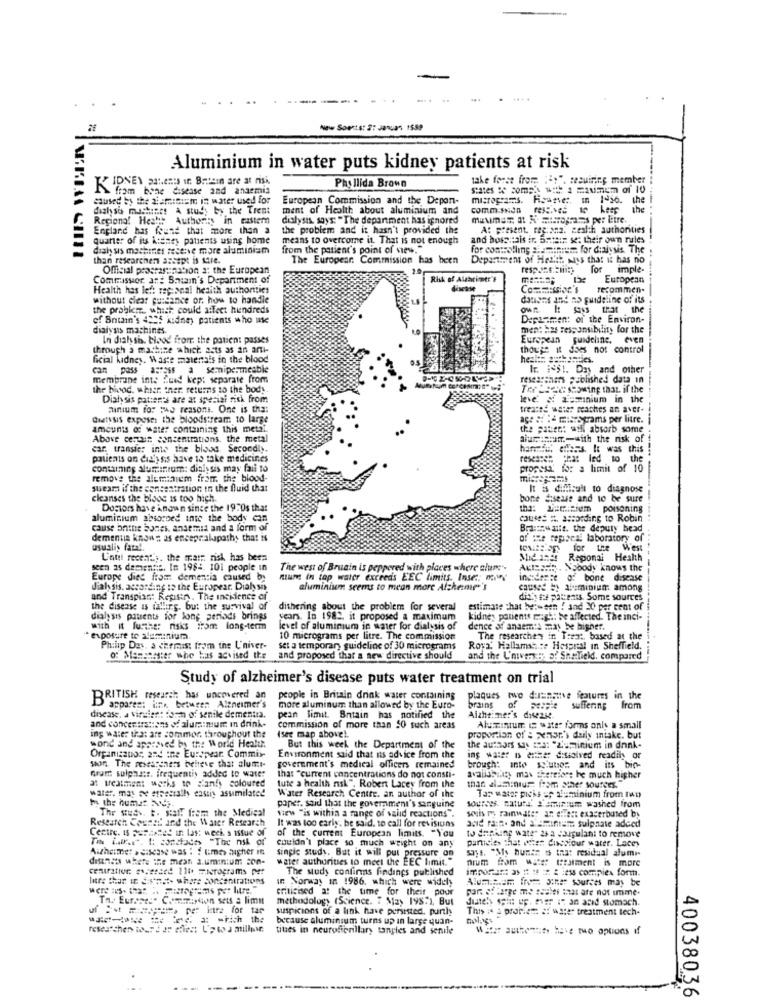
... ..
...
New Soests: 27 Januan 1539
Aluminium in water puts kidney patients at risk
take forse from := >". secuiring member
KIDNEY palenIS If: BHtsin are at risk
fram bone disease and anaemia
Phyllida Brown
states : comp with a maximum of 10
caused by the alsmetiste in water used for
European Commission and the Depon-
micrograms. Hoarve :. m 1~36. the
the
dish si mashine! A study by the Tremt
ment of Health about aluminium and
comm.sNon (S.ve
the
Regiono! Heshe Authority in eastern
dialysis, says: "The department has ignored
maman at A. micrograms per litre.
England has found that more than a
the problem and it hasn't provided the
At present. regiona. cealth authorities
quarter of it Atenes patients using home
means to overcome it. That is not enough
and boss tais ir. 5Hthir st: their own rules
Chaly sis machines reserve more aluminium
from the patient's point of view."
for controlling .amminum for dialysis The
than researchers accept is sure.
The European Commission has been
Department of Health wiss that it has no
Official procrastination a: the European
for imple-
Commission att Siain's Department of
Risk of Alarinte'F
European
Health has left regional heaith authortics
Co === SIN's
recommen.
without clear cuisance or, how to handle
datoes and no guideline of its
the problem, which could affect hundreds
own It says that the
of Bntain's 4825 kidney patients who use
Depasmen: of the Environ-
dialysis machines.
ment has responsibility for the
In dialy sh, blood from the patient passes
European guideline. even
through a machine which asts as an anti-
though it does not control
ficial kidney. Waste matenals in the blood
healt= authomies.
can pass a=mass
semipermeable
Ir. #~$1. Day and other
membrane inte Zued kep: separate from
researchers published data in
the bivod, which tner returns to the body.
Ter Bbc showing that. if the
Dialysis patients are at speziai risk from
le & Euminium in the
minium for the reasons. One is that
treated uster reaches an aver-
dialysis expose the bloodstream to large
ac: ::: 4 marsgrams per litre.
amounts of water containing this metal.
the patient will absorb some
Above cenaun concentrations. the metal
aiumcum-with the nsk of
car. transies into the blood. Secondly.
hannie, offers. It was this
patients on dialysis have to take medicines
resesssh that led to the
contamine aluminium: dinlysis may fali to
propesa. for a limit of 10
remove the aluminium from. the blood-
shear if the concentration in the fluid that
difficult to diagnose
cleanses the blogs is too high.
bone disease and to be sure
Dosiors have known since the 1970s that
poisoning
aluminium absorbed into the body can
causes #. according to Robin
cause bnithe bones, ansemid and a form of
Braithwaite. the deputy head
demenua known as encepraluspaths that is
of the mepaesi laboratory of
usualis fatal.
toutBlogs for the West
Lotti recenti ;. the trair risk, has been
Mid In58 Raponai Health
seen as dementie. In 1984. 101 people in
The west of Bruain is peppered with places where alume".
ALISSHR. Nobody knows the
Europe dies from demencia caused by
Rum in tap water exceeds EEC limits, Inser; m.
ingdense of bone disease
dial sis, according to the Europear. Dialysis
aluminium seems to mean more Alzheimer's
caused by aluminium: among
and Transpian: Repistry. The incidence of
dithy to patseats. Some sources
the disease is falling. but the survival of
dithering about the problem for several estimate that be: een ! and 30 per cent of
dialysis patents for long periods brings
years. In 1982, it proposed a maximum
kidney patients might be affected. The inci-
with it furthe: risks from long-term
level of aluminium in amter for dialysis of
dence of anaemia may be higher.
" exposure to stuminiura.
10 micrograms per litre. The commission
The researchers in Treat, based at the
Philip Das, a chemist from the L'niver-
Set a temporary guideline of 30 micrograms
Roya, Hallamst .: + Hospital in Sheffield.
of Mensesster whe has advised the
and proposed that a new directive should
and the L'nver :: p! SheTield. compared
Study of alzheimer's disease puts water treatment on trial
BRITISH research has uncovered an
people in Britain drink water containing
plaques two dansve features in the
of
appares: in between Aleneimer's
more aluminum than allowed by the Euro-
brains
suffering
from
disease, a viraient form of senile dementia.
pean limit. Britain has notified the
Alzheimer's disease.
and concentrations of aluminum In drink.
ing water that are commor, throughout the
commission of more than SO such areas
Isee map abovel.
Aluminium (; water farms only a small
wond and apasmed by the World Health
proportion of's xhar's daily intake. but
Organizator, and the Europear. Commis-
But this week the Department of the
the authors was mes: "2uminium in dnnk-
soon The messageners believe that alum.t-
Environment said that is advice from the
ing water is either dissolved readily or
Grant sulphate. frequentis added to water
government's medical officers remained
brought into sciutios and its bio-
at treatment works to d'anfy coloured
that "current concentrations do not consti-
avalidsansy mas seereiore be much higher
water. may De especially eastis assimilated
tute a health nisk". Robert Lacey from the
than aluminium. from other sources.
h the humes hop.
Water Research Centre. an author of the
sources. cature. "'sminium washed from
Tap water pieis =; aluminium from two
The studw. t. stall from the Medical
paper. said that the government's sanguine
wiew "is within a range of valid reactions .
suis m, rainwater an effect exacerbused by
Research Council and the Water Research
It was too early. be said, to call for revisions
acid rain. and a eminem sulphate adced
Centre. is portssted in las: week. s istue of
of the current European limits. "You
to dhpking wate" 24 a caipulant to remove
Th War.r. L: conchades "The nsk of
couldn't place so much weight on any
particles that white dischiour water. Lacey
Alzheimer > disease was : : times higher r
single study, But it will put pressure on
sys. "My bunte is that residual alumi-
diensts where Ine mest. 3.uminium con-
water authorities to meet the EEC limit."
nium Com wife tealment is more
centration excessed 110 micrograms per
The study confinns findings published
litre that in Si'net- where concentrations
In Norway in 1986. which were widely
were Ius. :- 35. ..
criticised at the time for their pour
part of large me seules that are not imme-
Ta. Euroers" Commission sets a limit
methodology (Science. 7 May 198:), But
diately spitt up. ever is an acid stomach.
ul #t ====== > pe intre for tar
suspicions of a link have persisted, partly
This :4 a problem of water treatment tech-
because aluminium turns up in large quan-
tites in neurofienillary tangles and senile
Water authority have mo options if
40038036